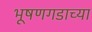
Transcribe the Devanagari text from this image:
भूषणगडाच्या